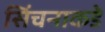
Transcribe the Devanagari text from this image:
सिंचनाकडे